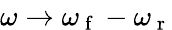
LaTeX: \omega\xrightarrow{}\omega_{\mathrm{~f~}}-\omega_{\mathrm{~r~}}